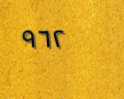
٩٦٢